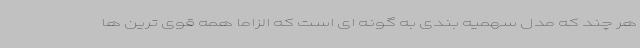
هر چند که مدل سهمیه بندی به گونه ای است که الزاما همه قوی ترین ها